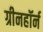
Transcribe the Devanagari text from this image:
ग्रीनहॉर्न